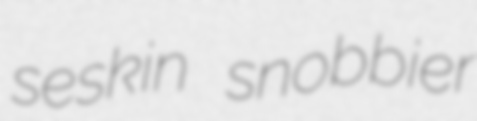
seskin snobbier